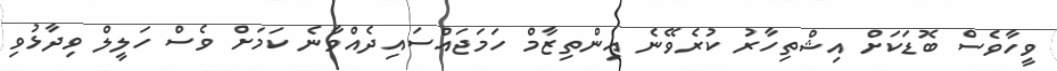
ވީހާވެސް ބޮޑަކަށް އިޝްތިހާރު ކުރެވޭނެ އިންތިޒާމް ހަމަޖައްސައިދެއްވާނެ ކަމަށް ވެސް ހަލީލް ވިދާޅުވި